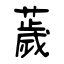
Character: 薉